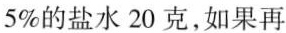
5%的盐水20克，如果再